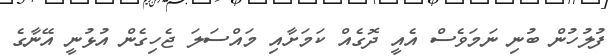
ފުލުުހުން ބުނި ނަމަވެސް އެއީ ދޮގެއް ކަމަށާއި މައްސަލަ ޖެހިގެން އުޅުނީ އޭނާގެ